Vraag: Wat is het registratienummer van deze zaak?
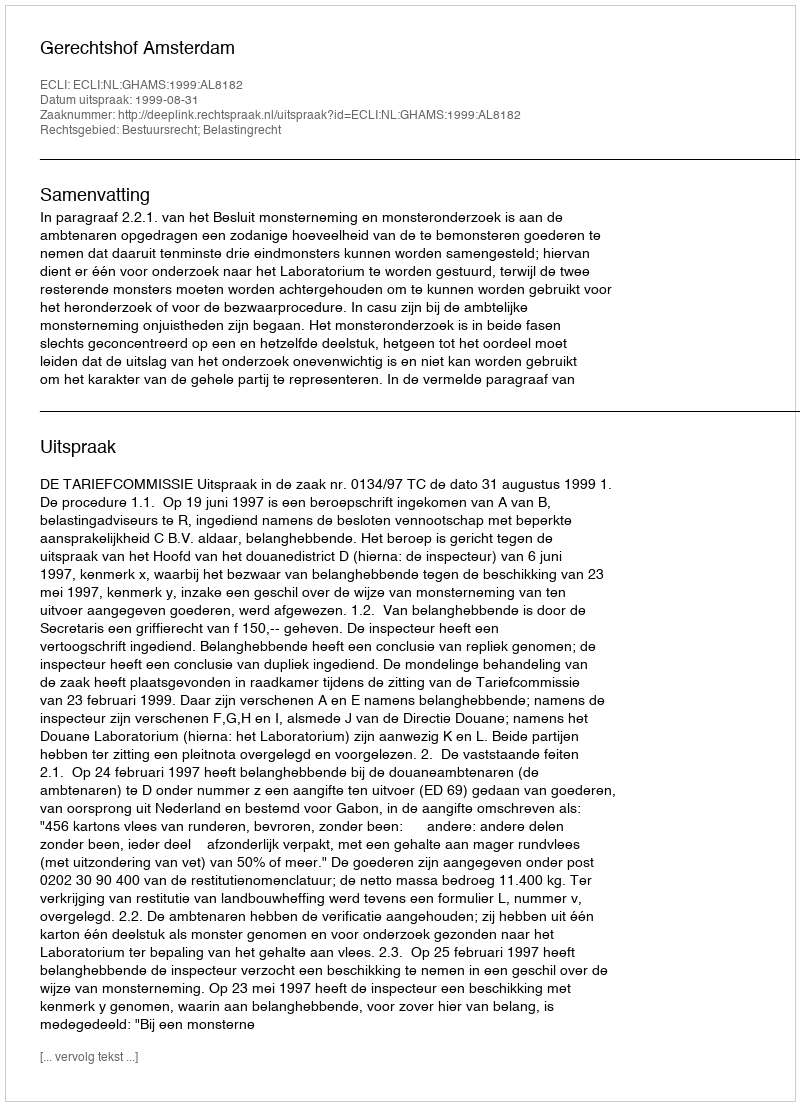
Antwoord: http://deeplink.rechtspraak.nl/uitspraak?id=ECLI:NL:GHAMS:1999:AL8182